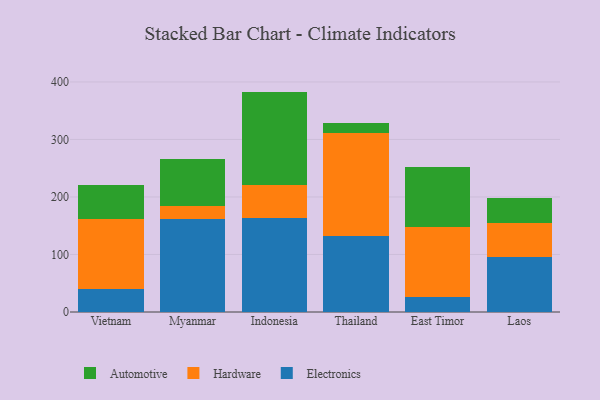
{"axis": {"x": "Country", "y": "Net Income (USD K)"}, "legend": ["Automotive", "Electronics", "Hardware"], "data": [{"x": "Vietnam", "y": 40.5, "type": "Electronics"}, {"x": "Vietnam", "y": 121.8, "type": "Hardware"}, {"x": "Vietnam", "y": 58.3, "type": "Automotive"}, {"x": "Myanmar", "y": 162.5, "type": "Electronics"}, {"x": "Myanmar", "y": 22.5, "type": "Hardware"}, {"x": "Myanmar", "y": 80.3, "type": "Automotive"}, {"x": "Indonesia", "y": 163.6, "type": "Electronics"}, {"x": "Indonesia", "y": 57.4, "type": "Hardware"}, {"x": "Indonesia", "y": 162.2, "type": "Automotive"}, {"x": "Thailand", "y": 131.8, "type": "Electronics"}, {"x": "Thailand", "y": 178.6, "type": "Hardware"}, {"x": "Thailand", "y": 17.4, "type": "Automotive"}, {"x": "East Timor", "y": 25.6, "type": "Electronics"}, {"x": "East Timor", "y": 121.6, "type": "Hardware"}, {"x": "East Timor", "y": 105.4, "type": "Automotive"}, {"x": "Laos", "y": 96.5, "type": "Electronics"}, {"x": "Laos", "y": 59.0, "type": "Hardware"}, {"x": "Laos", "y": 42.1, "type": "Automotive"}]}